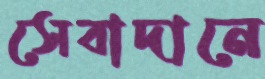
সেবাদানে